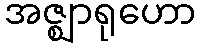
အဇ္ဈာရုဟော